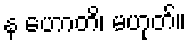
န ဟောတိ၊ မဟုတ်။